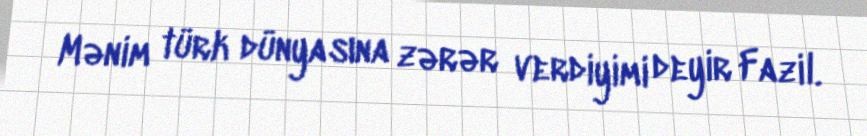
Mənim türk dünyasına zərər verdiyimi deyir Fazil.